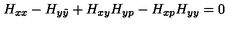
H _ { x x } - H _ { y \tilde { y } } + H _ { x y } H _ { y p } - H _ { x p } H _ { y y } = 0